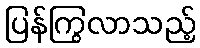
ပြန်ကြွလာသည့်